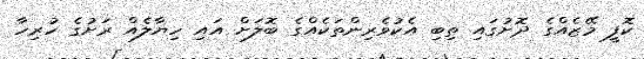
ކޮފީ މޭޒެއްގެ ދޮށުގައި ތިބި އެކުވެރިންތަކެއްގެ ބޮލަށް އައި ހިޔާލެއް ރަށުގެ ހުރިހާ